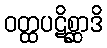
ဝတ္ထပဋိစ္ဆာဒိ